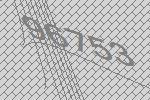
96753